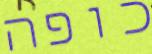
כופה